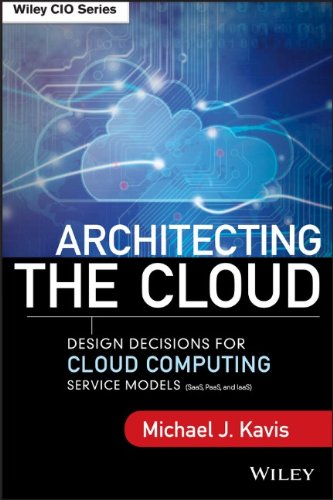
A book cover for Architecting the Cloud: Design Decisions for Cloud Computing Service Models (SaaS, PaaS, and IaaS); Michael J. Kavis; Computers & Technology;